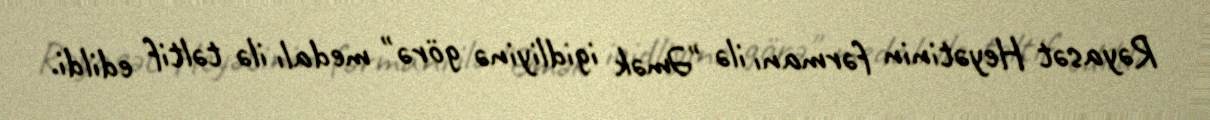
Rəyasət Heyətinin fərmanı ilə "Əmək igidliyinə görə" medalı ilə təltif edildi.